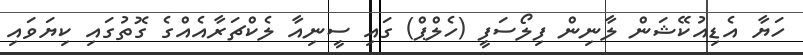
ހަޔާ އެޑިއުކޭޝަން ލާނިން ފިލޯސަފީ (ހެލްޕް) ގައި ސީނިއާ ލެކްޗަރާއެއްގެ ގޮތުގައި ކިޔަވައި